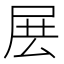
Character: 𡱗